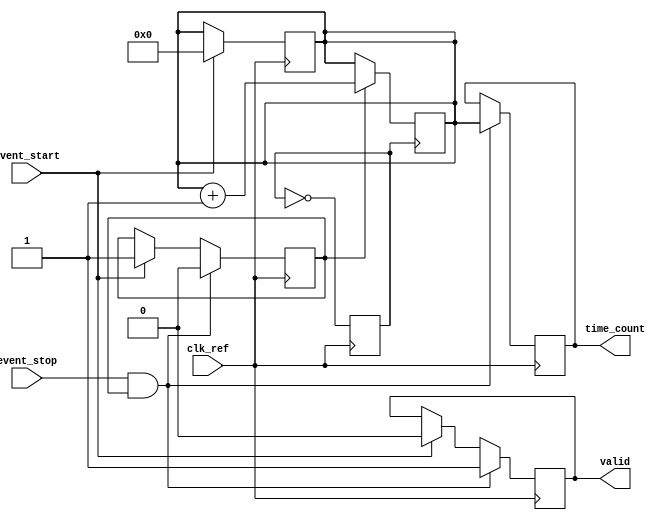
module TDC (
    input wire clk_ref,          // Reference clock input
    input wire event_start,      // Start event signal
    input wire event_stop,       // Stop event signal
    output reg [15:0] time_count, // Measured time interval in clock cycles
    output reg valid             // Valid output signal
);

    // PLL parameters
    reg clk_vco;                 // VCO output clock
    reg [15:0] counter;          // Counter for clock cycles
    reg measuring;               // State flag for measuring

    // PLL Simulation (for demonstration purposes)
    always @(posedge clk_ref) begin
        // Simulate VCO output clock generation
        clk_vco <= ~clk_vco; // Toggle VCO clock (for simplicity)
    end

    // Time Measurement Logic
    always @(posedge clk_vco) begin
        if (measuring) begin
            counter <= counter + 1; // Increment counter during measurement
        end
    end

    // Control Logic
    always @(posedge clk_ref) begin
        if (event_start) begin
            measuring <= 1;         // Start measuring
            counter <= 0;           // Reset counter
            valid <= 0;             // Reset valid signal
        end
        if (event_stop && measuring) begin
            measuring <= 0;         // Stop measuring
            time_count <= counter;   // Capture the measured time
            valid <= 1;             // Indicate valid output
        end
    end

endmodule